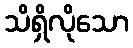
သိရှိလိုသော